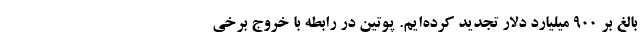
بالغ بر ۹۰۰ میلیارد دلار تجدید کرده‌ایم. پوتین در رابطه با خروج برخی